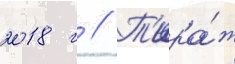
2018 г // Т'ира́ж